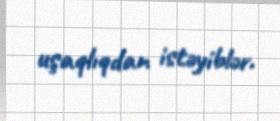
uşaqlıqdan istəyiblər.